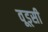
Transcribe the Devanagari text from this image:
वूड्सी